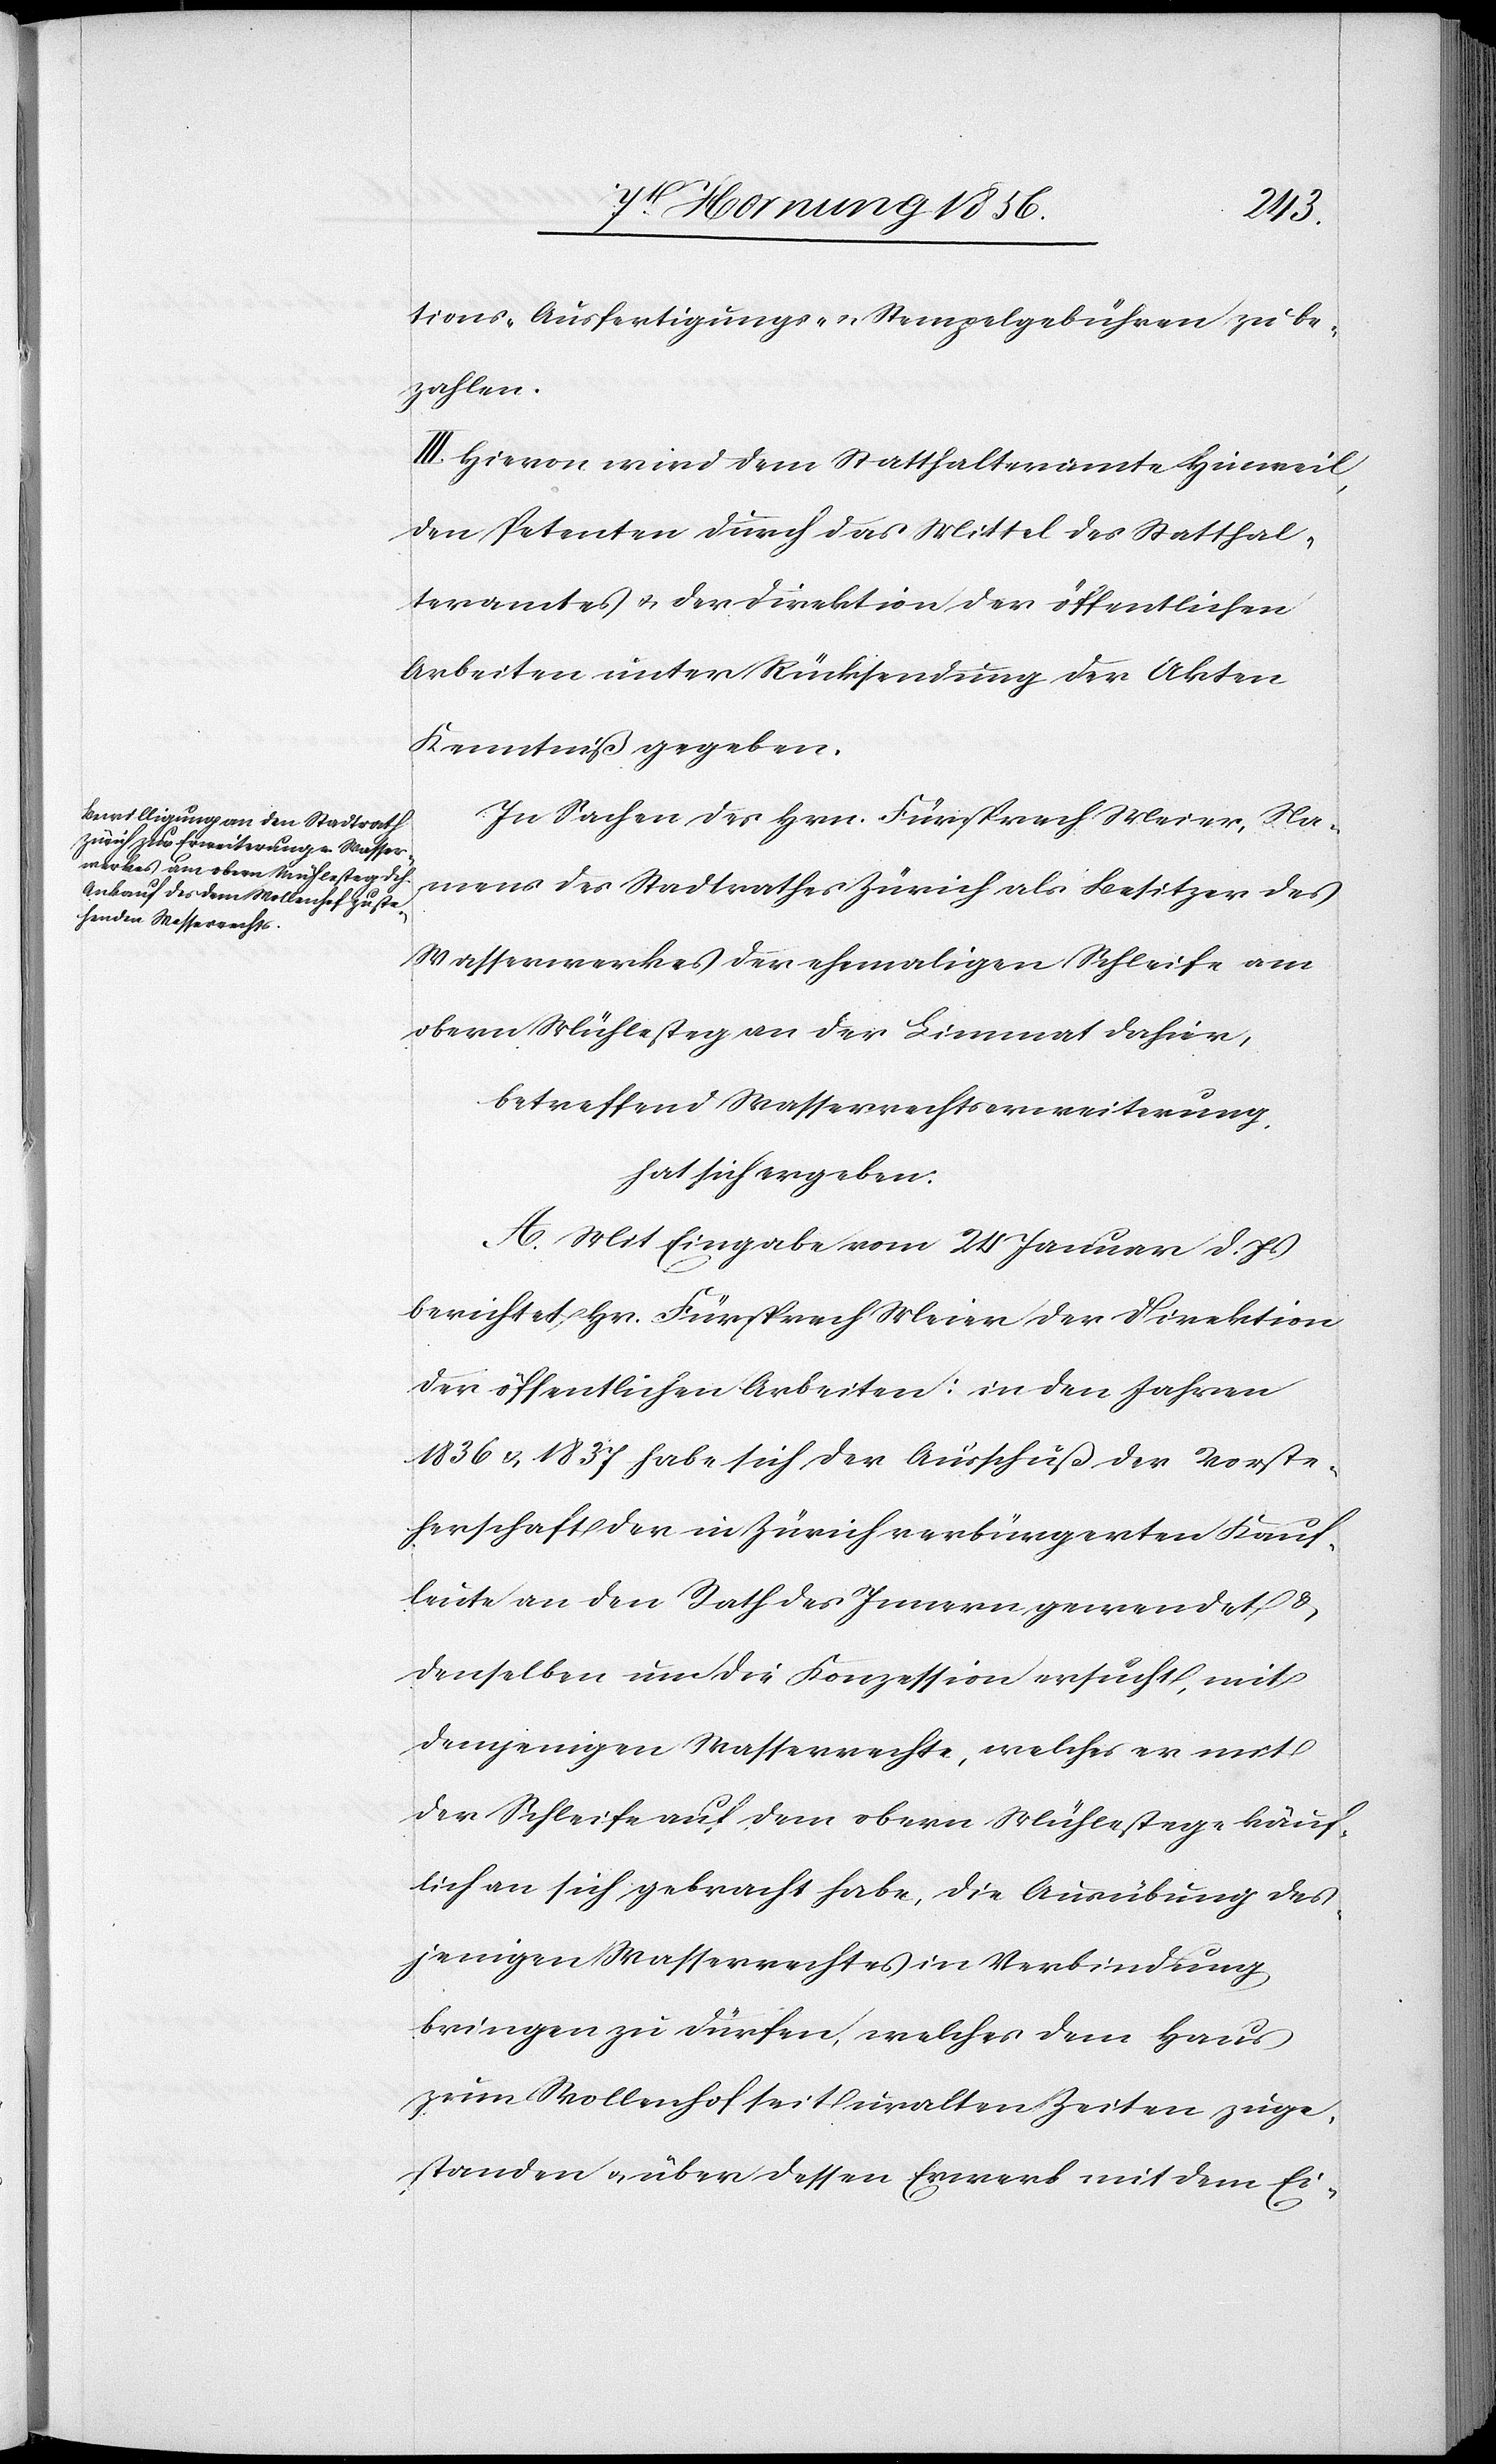
tions-[,] Ausfertigungs- u. Stempelgebühren zu be¬
zahlen.
III: Hievon wird dem Statthalteramte Hinweil,
den Petenten durch das Mittel des Statthal¬
teramtes u. der Direktion der öffentlichen
Arbeiten unter Rücksendung der Akten
Kenntniß gegeben.
In Sachen des Hrn. Fürsprech Meier, Na¬
mens des Stadtrathes Zürich als Besitzer des
Wasserwerkes der ehemaligen Schleife am
obern Mühlesteg an der Limmat dahier,
betreffend Wasserrechtserweiterung,
hat sich ergeben:
A. Mit Eingabe vom 24 Januar d. Js
berichtet Hr. Fürsprech Meier der Direktion
der öffentlichen Arbeiten: in den Jahren
1836 u. 1837 habe sich der Ausschuß der Vorste¬
herschaft der in Zürich verbürgerten Kauf¬
leute an den Rath des Innern gewendet &
denselben um die Konzession ersucht, mit
demjenigen Wasserrechte, welches er mit
der Schleife auf dem obern Mühlestege käuf¬
lich an sich gebracht habe, die Ausübung des¬
jenigen Wasserrechtes in Verbindung
bringen zu dürfen, welches dem Haus
zum Wollenhof seit uralten Zeiten zuge¬
standen u. über dessen Erwerb mit dem Ei-